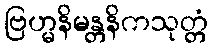
ဗြဟ္မနိမန္တနိကသုတ္တံ